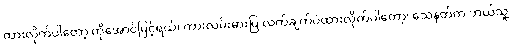
ထားလိုက်ပါတော့ ကိုအောင်မြင့်ရယ်၊ ကားလမ်းဓားပြ လက်ချက်ပဲထားလိုက်ပါတော့၊ သေနတ်က ဘယ်သူ့